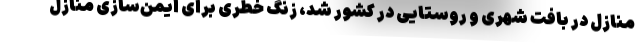
منازل در بافت شهری و روستایی در کشور شد، زنگ خطری برای ایمن‌سازی منازل